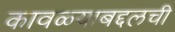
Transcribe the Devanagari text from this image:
कावळ्याबद्दलची